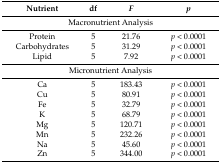
| Nutrient | df | F | p |
 | --- | --- | --- | --- |
 | <COLSPAN=4> Macronutrient Analysis |
 | Protein | 5 | 21.76 | p < 0.0001 |
 | Carbohydrates | 5 | 31.29 | p < 0.0001 |
 | Lipid | 5 | 7.92 | p < 0.0001 |
 | <COLSPAN=4> Micronutrient Analysis |
 | Ca | 5 | 183.43 | p < 0.0001 |
 | Cu | 5 | 80.91 | p < 0.0001 |
 | Fe | 5 | 32.79 | p < 0.0001 |
 | K | 5 | 68.79 | p < 0.0001 |
 | Mg | 5 | 120.71 | p < 0.0001 |
 | Mn | 5 | 232.26 | p < 0.0001 |
 | Na | 5 | 45.60 | p < 0.0001 |
 | Zn | 5 | 344.00 | p < 0.0001 |